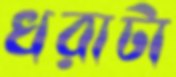
খরাটা